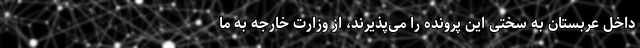
داخل عربستان به سختی این پرونده را می‌پذیرند، از وزارت خارجه به ما